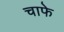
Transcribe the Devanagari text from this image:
चाफे